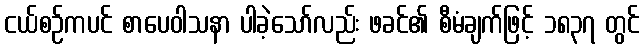
ငယ်စဉ်ကပင် စာပေဝါသနာ ပါခဲ့သော်လည်း ဖခင်၏ စီမံချက်ဖြင့် ၁၈၃၇ တွင်